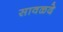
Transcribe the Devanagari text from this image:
सावळदे